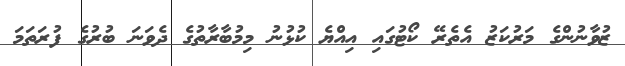
ޒުވާނުންގެ މަރުކަޒު އެތެރޭ ކޯޓުގައި އިއްޔެ ކުޅުނު މިމުބާރާތުގެ ދެވަނަ ބުރުގެ ފުރަތަމަ